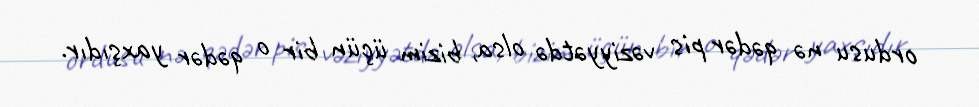
ordusu nə qədər pis vəziyyətdə olsa, bizim üçün bir o qədər yaxşıdır.